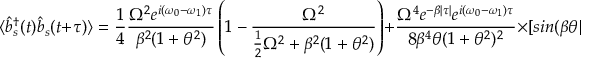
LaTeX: \langle { \hat { b } } _ { s } ^ { \dagger } ( t ) { \hat { b } } _ { s } ( t + \tau ) \rangle = { \frac { 1 } { 4 } } { \frac { \Omega ^ { 2 } e ^ { i ( \omega _ { 0 } - \omega _ { 1 } ) \tau } } { \beta ^ { 2 } ( 1 + \theta ^ { 2 } ) } } \left( 1 - { \frac { \Omega ^ { 2 } } { { \frac { 1 } { 2 } } \Omega ^ { 2 } + \beta ^ { 2 } ( 1 + \theta ^ { 2 } ) } } \right) + { \frac { \Omega ^ { 4 } e ^ { - \beta | \tau | } e ^ { i ( \omega _ { 0 } - \omega _ { 1 } ) \tau } } { 8 \beta ^ { 4 } \theta ( 1 + \theta ^ { 2 } ) ^ { 2 } } } \times [ s i n ( \beta \theta | \tau | ) + \theta c o s ( \beta \theta \tau ) ]